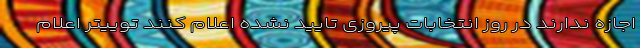
اجازه ندارند در روز انتخابات پیروزی تایید نشده اعلام کنند توییتر اعلام